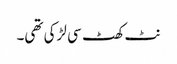
نٹ کھٹ سی لڑکی تھی۔